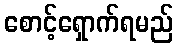
စောင့်ရှောက်ရမည်